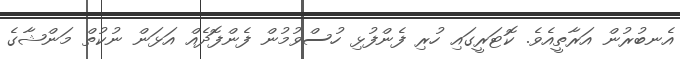
އެނބުރުން އަރާތީއެވެ. ކޮޓަރީގައި ހުރި ފެންފުޅި ހުސްވުމުން ފެންފޮދެއް އަޅަން ނުކުތް މަންޝާގެ